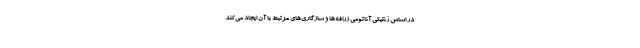
در اساس ژنتیکی آناتومی زرافه‌ها و سازگاری‌های مرتبط با آن ایجاد می‌کند